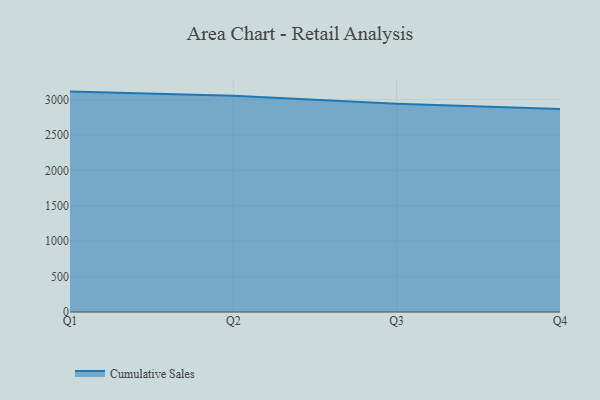
{"axis": {"x": "Quarter", "y": "Waste Production (Tons)"}, "legend": ["Cumulative Sales"], "data": [{"x": "Q1", "y": 3113.1, "type": "Cumulative Sales"}, {"x": "Q2", "y": 3055.2, "type": "Cumulative Sales"}, {"x": "Q3", "y": 2942.8, "type": "Cumulative Sales"}, {"x": "Q4", "y": 2868.0, "type": "Cumulative Sales"}]}